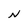
Character: N